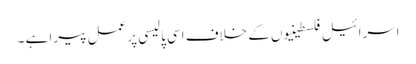
اسرائیل فلسطینیوں کے خلاف اسی پالیسی پر عمل پیرا ہے ۔